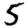
Digit: 5